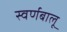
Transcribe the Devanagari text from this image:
स्वर्णबालू